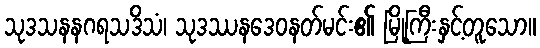
သုဒသနနဂရသဒိသံ၊ သုဒဿနဒေဝနတ်မင်း၏ မြို့ကြီးနှင့်တူသော။